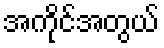
အကိုင်အတွယ်